Lunatic asylums Madras 1892-1911 - 1892-1911
Year: 1892
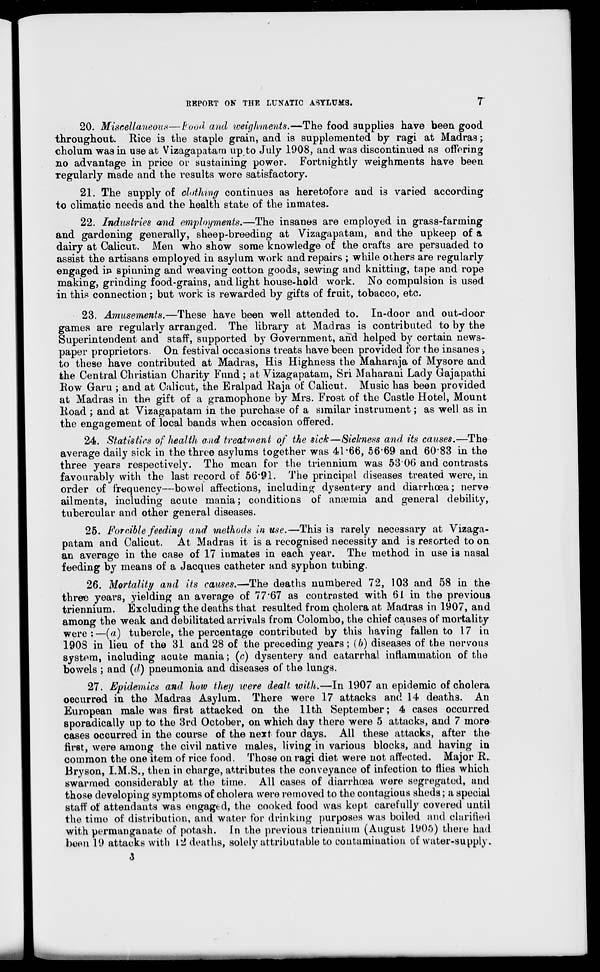
I?EPORT ON THE LUNATIC ASYLUMS.
20. Miscellaneous—B'ood and weighments.—The food supplies have been good
throughout. Rice is the staple grain, and is supplemented by ragi at Madras;
cholum was in use at Vizagapatara up to July 1908, and was discontinued as offering
no advantage in price or sustaining power. Fortnightly weighments have been
regularly made and the results were satisfactory.
21. The supply of clothing continues as heretofore and i3 varied according
to climatic needs and the health state of the inmates.
22. Industries and employments.—The insanes are employed in grass-farming
and gardening generally, sheep-breeding at Vizagapatam, and the upkeep of a
dairy at Calicut. Men who show some knowledge of the crafts are persuaded to
assist the artisans employed in asylum work and repairs ; while others are regularly
engaged in spinning and weaving cotton goods, sewing and knitting, tape and rope
making, grinding food-grains, and light house-hold work. No compulsion is used
in this connection; but work is rewarded by gifts of fruit, tobacco, etc.
23. Amusements.—These have been well attended to. In-door and out-door
games are regularly arranged. The library at Madras is contributed to by the
Superintendent and staff, supported bj r Government, and helped by certain news-
paper proprietors. On festival occasions treats have been provided for the insanes ,
to these have contributed at Madras, His Highness the Maharaja of Mysore and
the Central Christian Charity Fund ; at Vizagapatam, Sri Maharani Lady Gajapathi
Row Garu ; and at Calicut, the Eralpad Raja of Calicut. Music has been provided
at Madras in the gift of a gramophone by Mrs. Frost of the Castle Hotel, Mount
Road ; and at Vizagapatam in the purchase of a similar instrument; as well as in
the engagement of local bands when occasion offered.
24. Statistics of health and treatment of the sick—Sickness and its causes.—The
average daily sick in the three asylums together was 41-66, 56*69 and 60*83 in the
three years respectively. The mean for the triennium was 5306 and contrasts
favourably with the last record of 56*91. The principal diseases treated were, in
order of frequency—bowel affections, including dysentery and diarrhoea; nerve
ailments, including acute mania; conditions of anaemia and general debility,
tubercular and other general diseases.
25. Forcible feeding and methods in use.—This is rarely necessary at Vizaga-
patam and Calicut. At Madras it is a recognised necessity and is resorted to on
an average in the case of 17 inmates in each year. The method in use is nasal
feeding by means of a Jacques catheter and syphon tubing.
26. Mortality and its causes.—The deaths numbered 72, 103 and 58 in the
three years, yielding an average of 77'67 as contrasted with 61 in the previous
triennium. Excluding the deaths that resulted from cholera at Madras in 1907, and
among the weak and debilitated arrivals from Colombo, the chief causes of mortality
were:—(a) tubercle, the percentage contributed by this having fallen to 17 iu
190S in lieu of the 31 and 28 of the preceding years; (b) diseases of the nervous
system, including acute mania; (c) dysentery and catarrhal inflammation of the
bowels ; and ((/) pneumonia and diseases of the lungs.
27. Epidemics and how they were dealt with.—In 1907 an epidemic of cholera
occurred in the Madras Asylum. There were 17 attacks and 14 deaths. An
European male was first attacked on the 11th September; 4 cases occurred
sporadically up to the 3rd October, on which day there were 5 attacks, and 7 more
cases occurred in the course of the next four days. All these attacks, after the
first, were among the civil native males, living in various blocks, and having in
common the one item of rice food. Those on ragi diet were not affected. Major R.
Bryson, I.M.S., then in charge, attributes the conveyance of infection to flies which
swarmed considerably at the time. All cases of diarrhoea were segregated, and
those developing symptoms of cholera were removed to the contagious sheds; a special
staff of attendants was engaged, the cooked food was kept carefully covered until
the time of distribution, and water for drinking purposes was boiled and clarified
with permanganate of potash, in the previous triennium (August 1905) there had
been 19 attacks with 12 deaths, solely attributable to contamination of water-supply.